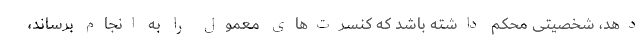
دهد، شخصیتی محکم داشته باشد که کنسرت‌های معمول را به انجام برساند،